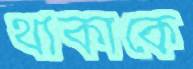
থাকাকে